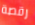
رقصة